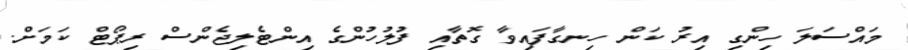
މައްސަލަ ހިންގި އިރު ކަން ހިނގާފައިވާ ގޮތާއި ފުލުހުންގެ އިންޓެލިޖެންސް ރިޕޯޓް ކަމަށް.